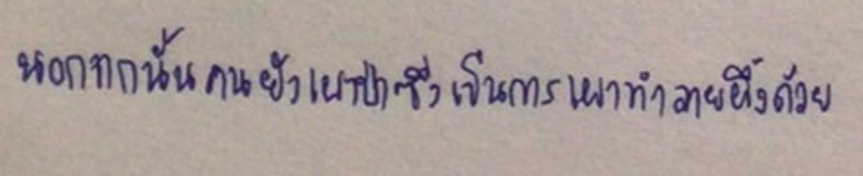
นอกจากนั้นคนยังเผาป่าซึ่งเป็นการเผาทำลายผึ้งด้วย